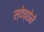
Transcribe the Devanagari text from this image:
स्वेच्छेनें